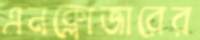
এনক্লোজারের